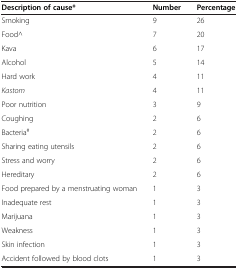
<table><thead><tr><td><b>Description of cause*</b></td><td><b>Number</b></td><td><b>Percentage</b></td></tr></thead><tbody><tr><td>Smoking</td><td>9</td><td>26</td></tr><tr><td>Food^</td><td>7</td><td>20</td></tr><tr><td>Kava</td><td>6</td><td>17</td></tr><tr><td>Alcohol</td><td>5</td><td>14</td></tr><tr><td>Hard work</td><td>4</td><td>11</td></tr><tr><td><i>Kastom</i></td><td>4</td><td>11</td></tr><tr><td>Poor nutrition</td><td>3</td><td>9</td></tr><tr><td>Coughing</td><td>2</td><td>6</td></tr><tr><td>Bacteria<sup>#</sup></td><td>2</td><td>6</td></tr><tr><td>Sharing eating utensils</td><td>2</td><td>6</td></tr><tr><td>Stress and worry</td><td>2</td><td>6</td></tr><tr><td>Hereditary</td><td>2</td><td>6</td></tr><tr><td>Food prepared by a menstruating woman</td><td>1</td><td>3</td></tr><tr><td>Inadequate rest</td><td>1</td><td>3</td></tr><tr><td>Marijuana</td><td>1</td><td>3</td></tr><tr><td>Weakness</td><td>1</td><td>3</td></tr><tr><td>Skin infection</td><td>1</td><td>3</td></tr><tr><td>Accident followed by blood clots</td><td>1</td><td>3</td></tr></tbody></table>